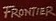
FRONTIER